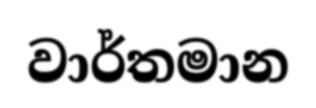
වාර්තමාන